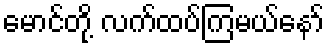
မောင်တို့ လက်ထပ်ကြမယ်နော်